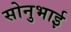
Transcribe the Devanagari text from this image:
सोनुभाई